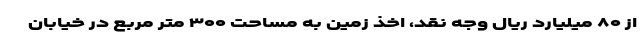
از ۸۰ میلیارد ریال وجه نقد، اخذ زمین به مساحت ۳۰۰ متر مربع در خیابان